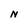
Character: N